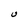
Character: U